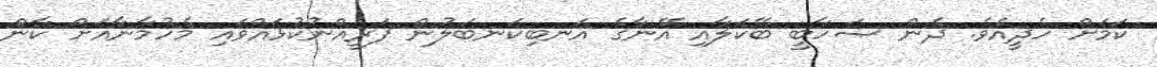
ކަމަށް ހެދީއެވެ. ދެން ޞަހާބީ ބޭކަލާއި އޭނާގެ އަނބިކަނބަލުން ފަރީއްނުކުޅައްވައި މެހުމާނާއަށް ކާން